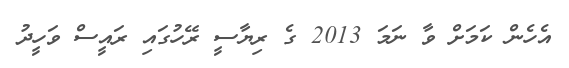
އެހެން ކަމަށް ވާ ނަމަ 2013 ގެ ރިޔާސީ ރޭހުގައި ރައީސް ވަހީދު